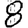
Digit: 8